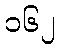
၁၆၂